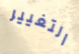
التغيير